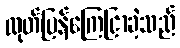
ထုတ်ပြန်ကြေငြာခဲ့သည်